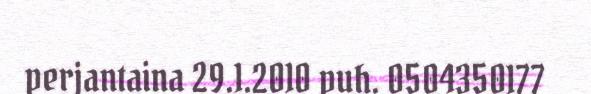
perjantaina 29.1.2010 puh. 0504350177